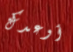
أوعدك